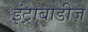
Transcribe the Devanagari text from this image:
इंट्राबाडीज़